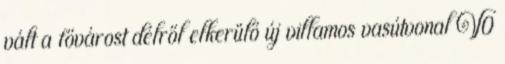
vált a fővárost délről elkerülő új villamos vasútvonal V0